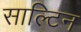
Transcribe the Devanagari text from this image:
साल्टिन